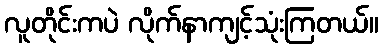
လူတိုင်းကပဲ လိုက်နာကျင့်သုံးကြတယ်။